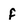
Character: f